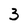
Character: 3